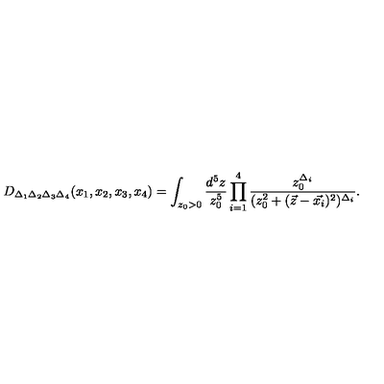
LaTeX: D _ { \Delta _ { 1 } \Delta _ { 2 } \Delta _ { 3 } \Delta _ { 4 } } ( x _ { 1 } , x _ { 2 } , x _ { 3 } , x _ { 4 } ) = \int _ { z _ { 0 } > 0 } \frac { d ^ { 5 } z } { z _ { 0 } ^ { 5 } } \prod _ { i = 1 } ^ { 4 } \frac { z _ { 0 } ^ { \Delta _ { i } } } { ( z _ { 0 } ^ { 2 } + ( \vec { z } - \vec { x _ { i } } ) ^ { 2 } ) ^ { \Delta _ { i } } } .